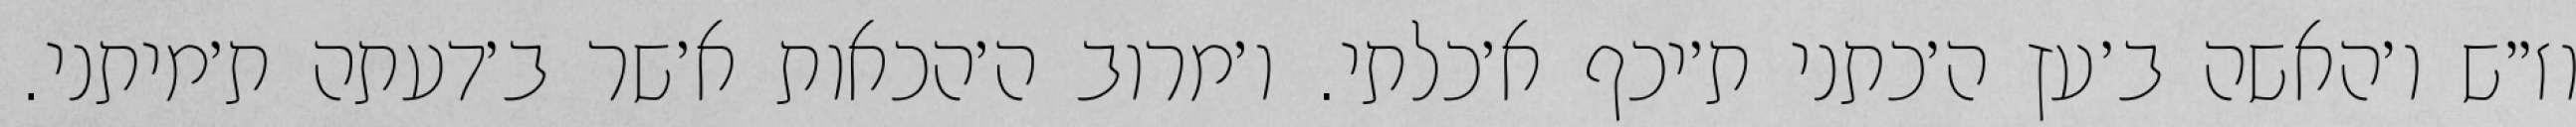
וז״ש ו׳האשה ב׳עץ ה׳כתני ת׳יכף א׳כלתי. ו׳מרוב ה׳הכאות א׳שר ב׳דעתה ת׳מיתני.